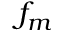
f _ { m }